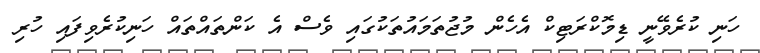
ހަނި ކުރެވޭނީ ޑިމޮކްރަޓިކް އެހެން މުޖުތަމައުތަކުގައި ވެސް އެ ކަންތައްތައް ހަނިކުރެވިފައި ހުރި